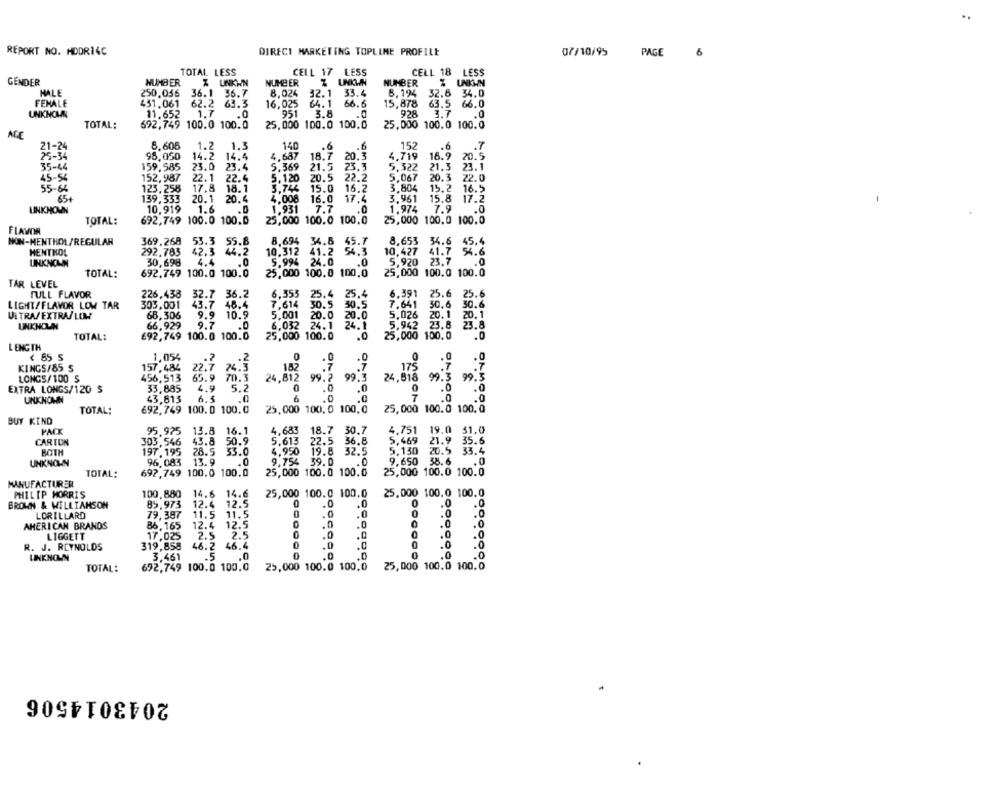
..
REPORT NO. MDDR14C
DIRECT MARKETING TOPLINE PROFILE
07/10/95
PAGE
TOTAL LESS
CELL 17
LESS
CELL 18 LESS
GENDER
NUMBER
Z UNKWN
NUMBER
NUMBER
HALE
250.056 36.1 36.7
8.024
32.1 33.4
8.194
32.6 34.0
FEMALE
451.061 62.2
63.3
16,025
64.1
66.6
15,878
63.5
66.0
1.7
UNKNOWN
11,652
951
3.8
.0
928
3.7
.0
TOTAL:
692,749 100.0 100.0
25,000 100.0 100.0
25,000 100.0 100.0
AGE
21-24
8.605
1.2
1.3
140
.6
.6
152
.6
.7
25-34
98,050
14.2
14.4
4.687
18.7 20.3
4,719
18.9
20.5
35-44
159.585
23.0
23.4
5.369
21.5
23.3
5,322
21.3
23.1
45-54
152,987
22.1
22.4
5.120
20.5
22.2
5,067
20.3
22.0
55-64
123,258
17.8
18.1
3.744
15.0
16.2
3.804
15.2
16.5
65+
139,333
20.1
20.4
4.008
16.0
17.4
3,961
15.8
17.2
UNKNOWN
10,919
1.6
1.931
7.7
.0
1.974
7.9
.0
TOTAL:
692,749 100.0 100.0
25,000 100.0 100,0
25,000 100.0 100.0
FLAVOR
NON-MENTHOL/REGULAR
369,268
53.3 55.8
8.694 34.8 45.7
8,653
34.6
45.4
HENTKOL
292.783
42.3 44.2
10.312
41.2
54.3
10,427
41.7
54.6
UNKNOWN
30,698
4.4
5.994 24.0
5,920 23.7
.0
.0
TOTAL:
692,749 100.0 100.0
25,000 100.0 100.0
25,000 100.0 100.0
TAR LEVEL
FULL FLAVOR
226,438 32.7 36.2
6,353 25.4 25,4
6.391
25.6
25.6
LIGHT/FLAVOR LOW TAR
303,001
43.7 48.4
7,614 30.5 30.5
7.641
30.6
30.6
ULTRA/EXTRA/LOM
68,306
9.9 10.9
5,001 20.0 20.0
5.026
20.1
20.1
UNKNOUN
66,929
9.7
6,032 24.1
5.942 23.8
23.8
.0
24.1
TOTAL:
692,749 100.0 100.0
25,000 100.0
.0
25,000 100.0
.0
LENGTH
< 85 S
1.054
0
.0
.. 2
.0
.0
KINGS/85 S
157,484
22.7
74.3
182
.7
175
LONGS/100 S
456,513
65.9 70.3
24,812 99.2 99.3
99.5
EXTRA LONGS/120 S
33,885
4.9
5.2
0
.0
.0
OAMOR
.0
UNKNOWN
43.813
6.5
.0
6
.0
TOTAL:
692,749 100. 0 100.0
25,000 100.0 100.0
25,000 100.0 100. 0
BUY KIND
PACK
95.925
13.8 16.1
4,683
18.7 30.7
4,751 19.0 51.0
CARTON
303,546
43.8
50.9
5.613
22.5 36.8
5.469
21.9 35.6
BOTH
197.195
28.5
33.0
4.950
19.8
32.5
5,130
20.5 33.4
UNKNOWN
96,083
13.9
.0
9.754
39.0
.0
9,650 38.6
1.0
TOTAL:
692,749 100.0 100.0
25,000 100.0 100.0
25,000 100.0 100.0
MANUFACTURER
PHILIP MORRIS
100,880
14.6 14.6
25,000 100.0 100.0
25,000 100.0 100.0
BROWN & WILLIAMSON
85.973
LORILLARD
79,387
11.5
AMERICAN BRANDS
86,165
12.4
LIGGETT
17.025
2.5
R. J. REYNOLDS
319,858
.5
UNENON
3.461
TOTAL:
692,749 100.0 100,0
25,000 100.0 100,0
25, 000 100.0 100.0
2043014506